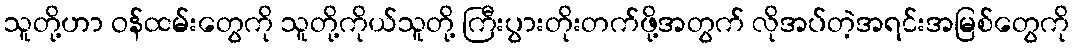
သူတို့ဟာ ဝန်ထမ်းတွေကို သူတို့ကိုယ်သူတို့ ကြီးပွားတိုးတက်ဖို့အတွက် လိုအပ်တဲ့အရင်းအမြစ်တွေကို